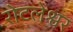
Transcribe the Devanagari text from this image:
रोटलेश्वर